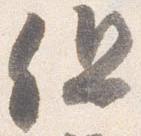
但